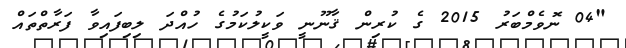
"04 ނޮވެމްބަރު 2015 ގެ ކުރިން ޤާނޫނީ ވަކީލުކަމުގެ ހުއްދަ ލިބިފައިވާ ފަރާތްތައް